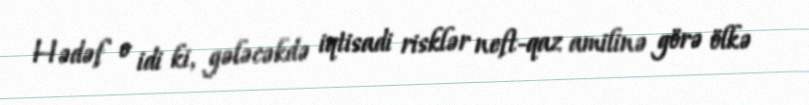
Hədəf o idi ki, gələcəkdə iqtisadi risklər neft-qaz amilinə görə ölkə